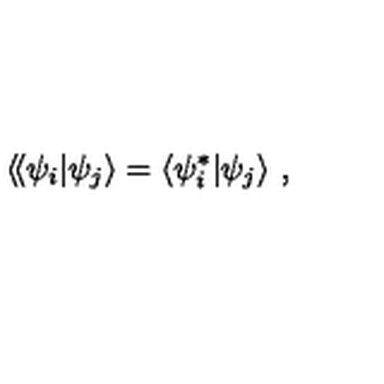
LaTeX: \langle \! \langle \psi _ { i } | \psi _ { j } \rangle = \langle \psi _ { i } ^ { * } | \psi _ { j } \rangle \ ,